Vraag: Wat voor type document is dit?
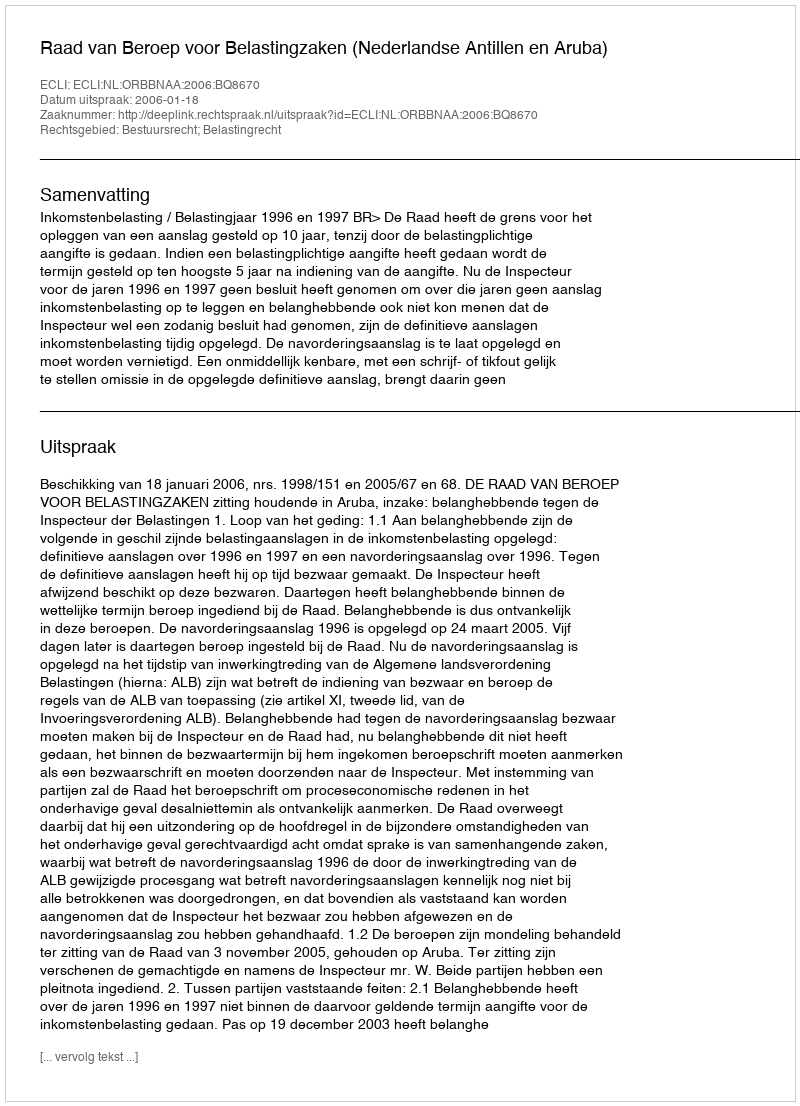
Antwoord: Uitspraak